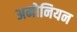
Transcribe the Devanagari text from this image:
अमोनियन